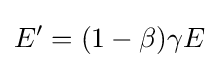
E^{\prime }=(1-\beta )\gamma E